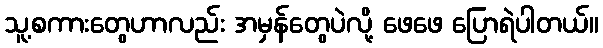
သူ့စကားတွေဟာလည်း အမှန်တွေပဲလို့ ဖေဖေ ပြောရဲပါတယ်။